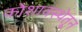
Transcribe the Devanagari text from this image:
कोशावस्थेतून